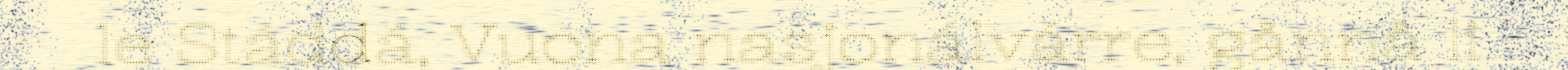
le Stáddá, Vuona nasjonálvárre, gånnå li